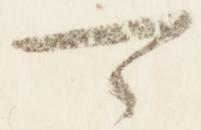
可